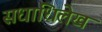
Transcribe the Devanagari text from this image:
सधाधिलेख